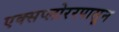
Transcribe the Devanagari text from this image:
एक्सप्लोररपासून